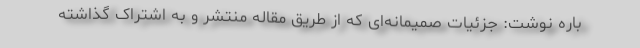
باره نوشت: جزئیات صمیمانه‌ای که از طریق مقاله منتشر و به اشتراک گذاشته